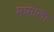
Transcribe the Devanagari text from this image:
मामाला